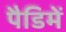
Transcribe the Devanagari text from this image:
पैडिमें